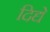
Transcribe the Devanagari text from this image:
दिद्ये